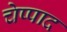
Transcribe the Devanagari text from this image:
चेप्पाद